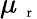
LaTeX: \mu_{\mathrm{~\scriptsize~r~}}